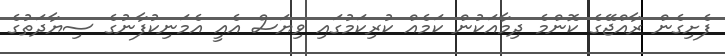
ފެށިގެން ރާއްޖޭގެ ކޮންމެ ދިމާއަކުން ކަމެއް ކުރިކަމުގައި ވިޔަސް އެއީ އެމަނިކުފާނުގެ ސިޔާދަތުގެ